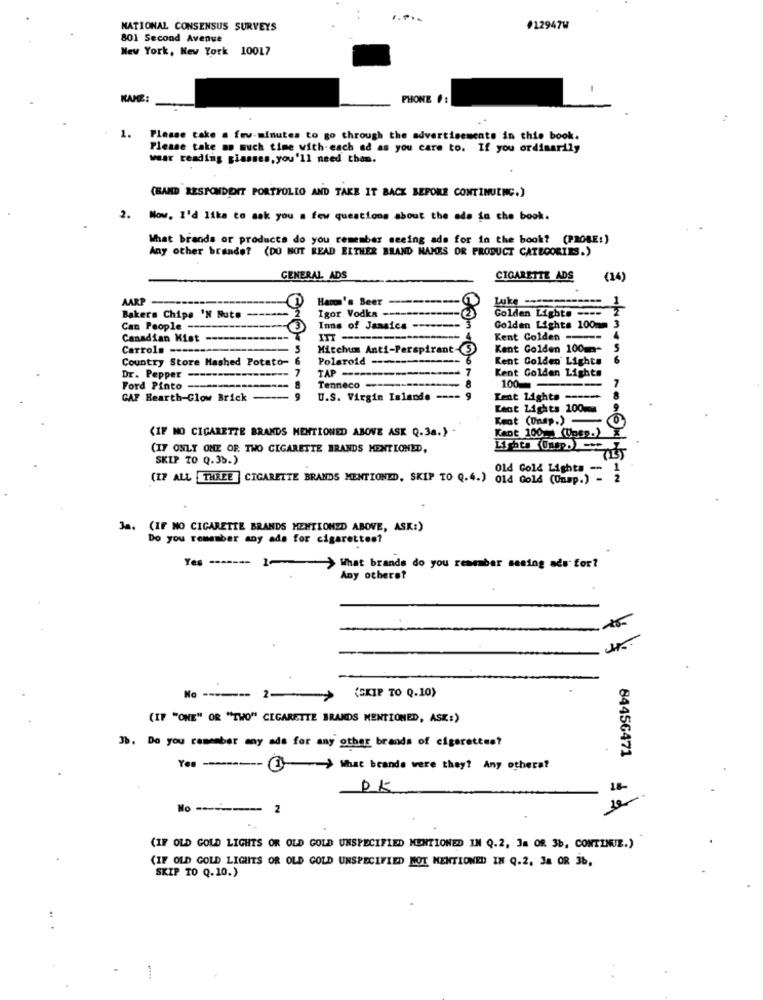
NATIONAL CONSENSUS SURVEYS
#12947W
801 Second Avenue
New York, New York 10017
KAKE:
PHONE #:
1. Please take a few minutes to go through the advertisements in this book.
Please take an much time with each ad as you care to. If you ordinarily
wear reading glasses, you'll need them.
(BAND RESPONDENT PORTFOLIO AND TAKE IT BACK BEFORE CONTINUING.)
2. Now. I'd like to ask you a few questions about the ada fa che book.
What brands or products do you remember seeing ads for in the book? (PROBE:)
Any other brande? (DO NOT READ EITHER BRAND NAMES OR PRODUCT CATEGORIES.)
GENERAL ADS
CIGARETTE ADS
(14)
AARP
Hacon's Beer ---------
Hacon's Beer
Golden Light. ----
Bakers Chips 'N Rute
Igor Vodka -
Can People -
Inns of Jamaica
Golden Lights 100mm 3
Canadian Mist
ITT -
Kent Colden -
4
Carrols ----
5
Mitchum Anti-Perspirant-5
Kent Golden 100m-
Country Store Mashed Potato-
Polaroid --------------
Kent Golden Lights
6
-- 7
TAP ---
Kent Golden Lights
Dr. Pepper -
Tenneco ------
Ford Pinto --
100
-
GAF Hearth-Glow Brick
U.S. Virgin Islands
---
Kent Lights -----
Kent Lights 100mm
Keat (Unsp.)-
(IF NO CIGARETTE BRANDS MENTIONED ABOVE ASK Q.3a.) -
Kent 100. (Unep.)
(IF ONLY ONE OF TWO CIGARETTE BRANDS MENTIONED,
SKIP TO Q.35.)
Old Gold Lights -
(IP ALL THREE ] CIGARETTE BRANDS MENTIONED, SKIP TO Q.4.) old Gold (Unsp.) - 2
. (IF NO CIGARETTE BRANDS MENTIONED ABOVE, ASK:)
Do you remember any ade for cigarettes?
> What brands do you remember seeing ads for?
Any otheret
(SKIP TO Q.10)
No ------- 2-+
>>
(IF "ONE" OR "TWO" CIGARETTE BRANDS MENTIONED, ASK:)
3b. Do you remember any ads for any other brands of cigarettes?
84456471
Yes -------- -- > What brande were they? Any otherat
PK
18-
No -------- 2
(IF OLD GOLD LIGHTS OR OLD GOLD UNSPECIFIED MENTIONED IN Q.2, 3a OR 3b, CONTINUE.)
(IF OLD GOLD LIGHTS OR OLD GOLD UNSPECIFIED NOT MENTIONED IN Q.2, Ja OR 36,
SKIP TO Q.10.)